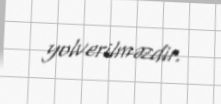
yolverilməzdir.